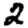
Digit: 2